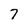
Character: 7